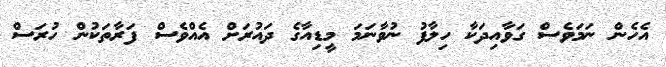
އެހެން ނަމަވެސް ގަވާއިދަކާ ހިލާފު ނުވާނަމަ މީޑިއާގެ ދައުރަށް އެއްވެސް ފަރާތަކުން ހުރަސް